Philaematomyia insignis, Austen - Number 54
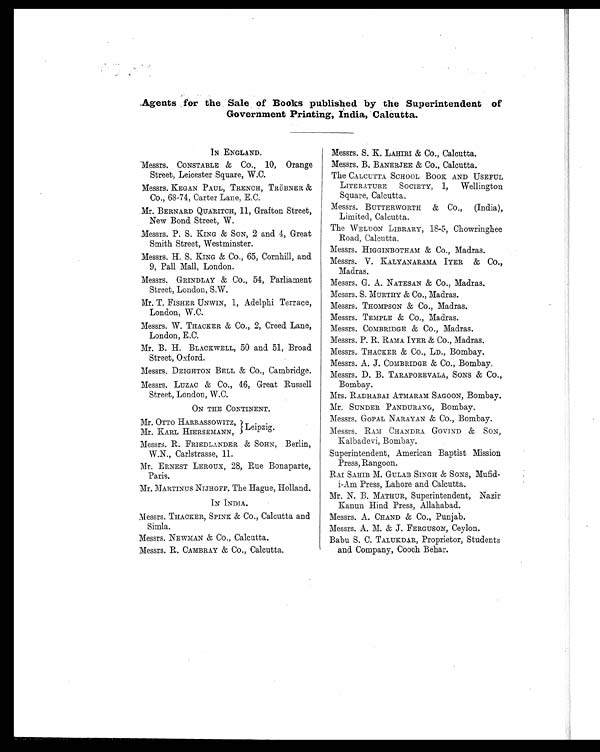
Agents for the Sale of Books published by the Superintendent of
Government Printing, India, Calcutta.
IN ENGLAND.
Messrs. CONSTABLE & Co., 10, Orange
Street, Leicester Square, W.C.
Messrs. KEGAN PAUL, TRENCH, TRÜBNER &
Co., 68-74, Carter Lane, E.C.
Mr. BERNARD QUARITCH, 11, Grafton Street,
New Bond Street, W.
Messrs. P. S. KING & SON, 2 and 4, Great
Smith Street, Westminster.
Messrs. H. S. KING & CO., 65, Cornhill, and
9, Pall Mall, London.
Messrs. GRINDLAY & Co., 54, Parliament
Street, London, S.W.
Mr. T. FISHER UNWIN, 1, Adelphi Terrace,
London, W.C.
Messrs. W. THACKER & Co., 2, Creed Lane,
London, E.C.
Mr. B. H. BLACKWELL, 50 and 51, Broad
Street, Oxford.
Messrs. DEIGHTON BELL & Co., Cambridge.
Messrs. LUZAC & Co., 46, Great Russell
Street, London, W.C.
ON THE CONTINENT.
Mr. OTTO HARRASSOWITZ,
Mr. KARL HIERSEMANN, Leipzig.
Messrs. R. FRIEDLANDER & SOHN, Berlin,
W.N., Carlstrasse, 11.
Mr. ERNEST LEROUX, 28, Rue Bonaparte,
Paris.
Mr. MARTINUS NIJHOFF, The Hague, Holland.
IN INDIA.
Messrs. THACKER, SPINK & Co., Calcutta and
Simla.
Messrs. NEWMAN & Co., Calcutta.
Messrs. R. CAMBRAY & CO., Calcutta.
Messrs. S. K. LAHIRI & CO., Calcutta.
Messrs. B. BANERJEE & CO., Calcutta.
The CALCUTTA SCHOOL BOOK AND USEFUL
LITERATURE SOCIETY, 1, Wellington
Square, Calcutta.
Messrs. BUTTERWORTH & Co., (India),
Limited, Calcutta.
The WELDON LIBRARY, 18-5, Chowringhee
Road, Calcutta.
Messrs. HIGGINBOTHAM & Co., Madras.
Messrs. V. KALYANARAMA IYER & CO.,
Madras.
Messrs. G. A. NATESAN & Co., Madras.
Messrs. S. MURTHY & CO., Madras.
Messrs. THOMPSON & Co., Madras.
Messrs. TEMPLE & Co., Madras.
Messrs. COMBRIDGE & Co., Madras.
Messrs. P. R. RAMA IYER & CO., Madras.
Messrs. THACKER & Co., LD., Bombay.
Messrs. A. J. COMBRIDGE & Co., Bombay
.
Messrs. D. B. TARAPOREVALA, SONS & Co.,
Bombay.
Mrs. RADHABAI ATMARAM SAGOON, Bombay.
Mr. SUNDER PANDURANG, Bombay.
Messrs. GOPAL NARAYAN & CO., Bombay.
Messrs. RAM CHANDRA GOVIND & SON,
Kalbadevi, Bombay.
Superintendent, American Baptist Mission
Press, Rangoon.
RAI SAHIB M. GULAB SINGH & SONS, Mufid-
i-Am Press, Lahore and Calcutta.
Mr. N. B. MATHUR, Superintendent, Nazir
Kanun Hind Press, Allahabad.
Messrs. A. CHAND & Co., Punjab.
Messrs. A. M. & J. FERGUSON, Ceylon.
Babu S. C. TALUKDAR, Proprietor, Students
and Company, Cooch Behar.